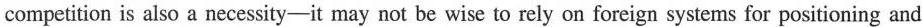
competition is also a necessity-it may not be wise to rely on foreign systems for positioning and